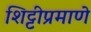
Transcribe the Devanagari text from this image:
शिट्टीप्रमाणे